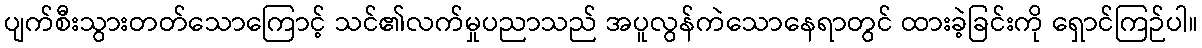
ပျက်စီးသွားတတ်သောကြောင့် သင်၏လက်မှုပညာသည် အပူလွန်ကဲသောနေရာတွင် ထားခဲ့ခြင်းကို ရှောင်ကြဉ်ပါ။